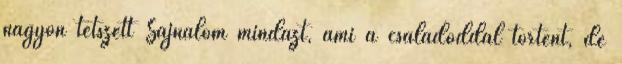
nagyon tetszett Sajnálom mindazt, ami a családoddal történt, de